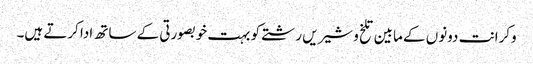
وکرانت دونوں کے مابین تلخ و شیریں رشتے کو بہت خوبصورتی کے ساتھ ادا کرتے ہیں۔